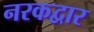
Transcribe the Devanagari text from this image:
नरकद्वार